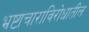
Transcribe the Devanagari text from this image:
भ्रष्टाचाराविरोधातील